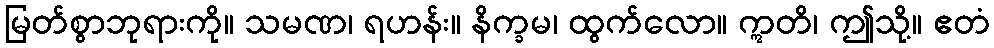
မြတ်စွာဘုရားကို။ သမဏ၊ ရဟန်း။ နိက္ခမ၊ ထွက်လော။ ဣတိ၊ ဤသို့။ ဧတံ